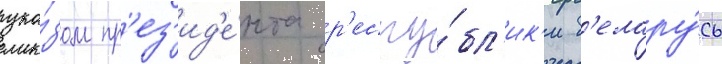
ука́зом пр'ез'ид'е́нта р'еспу́бл'ик'и б'елару́сь